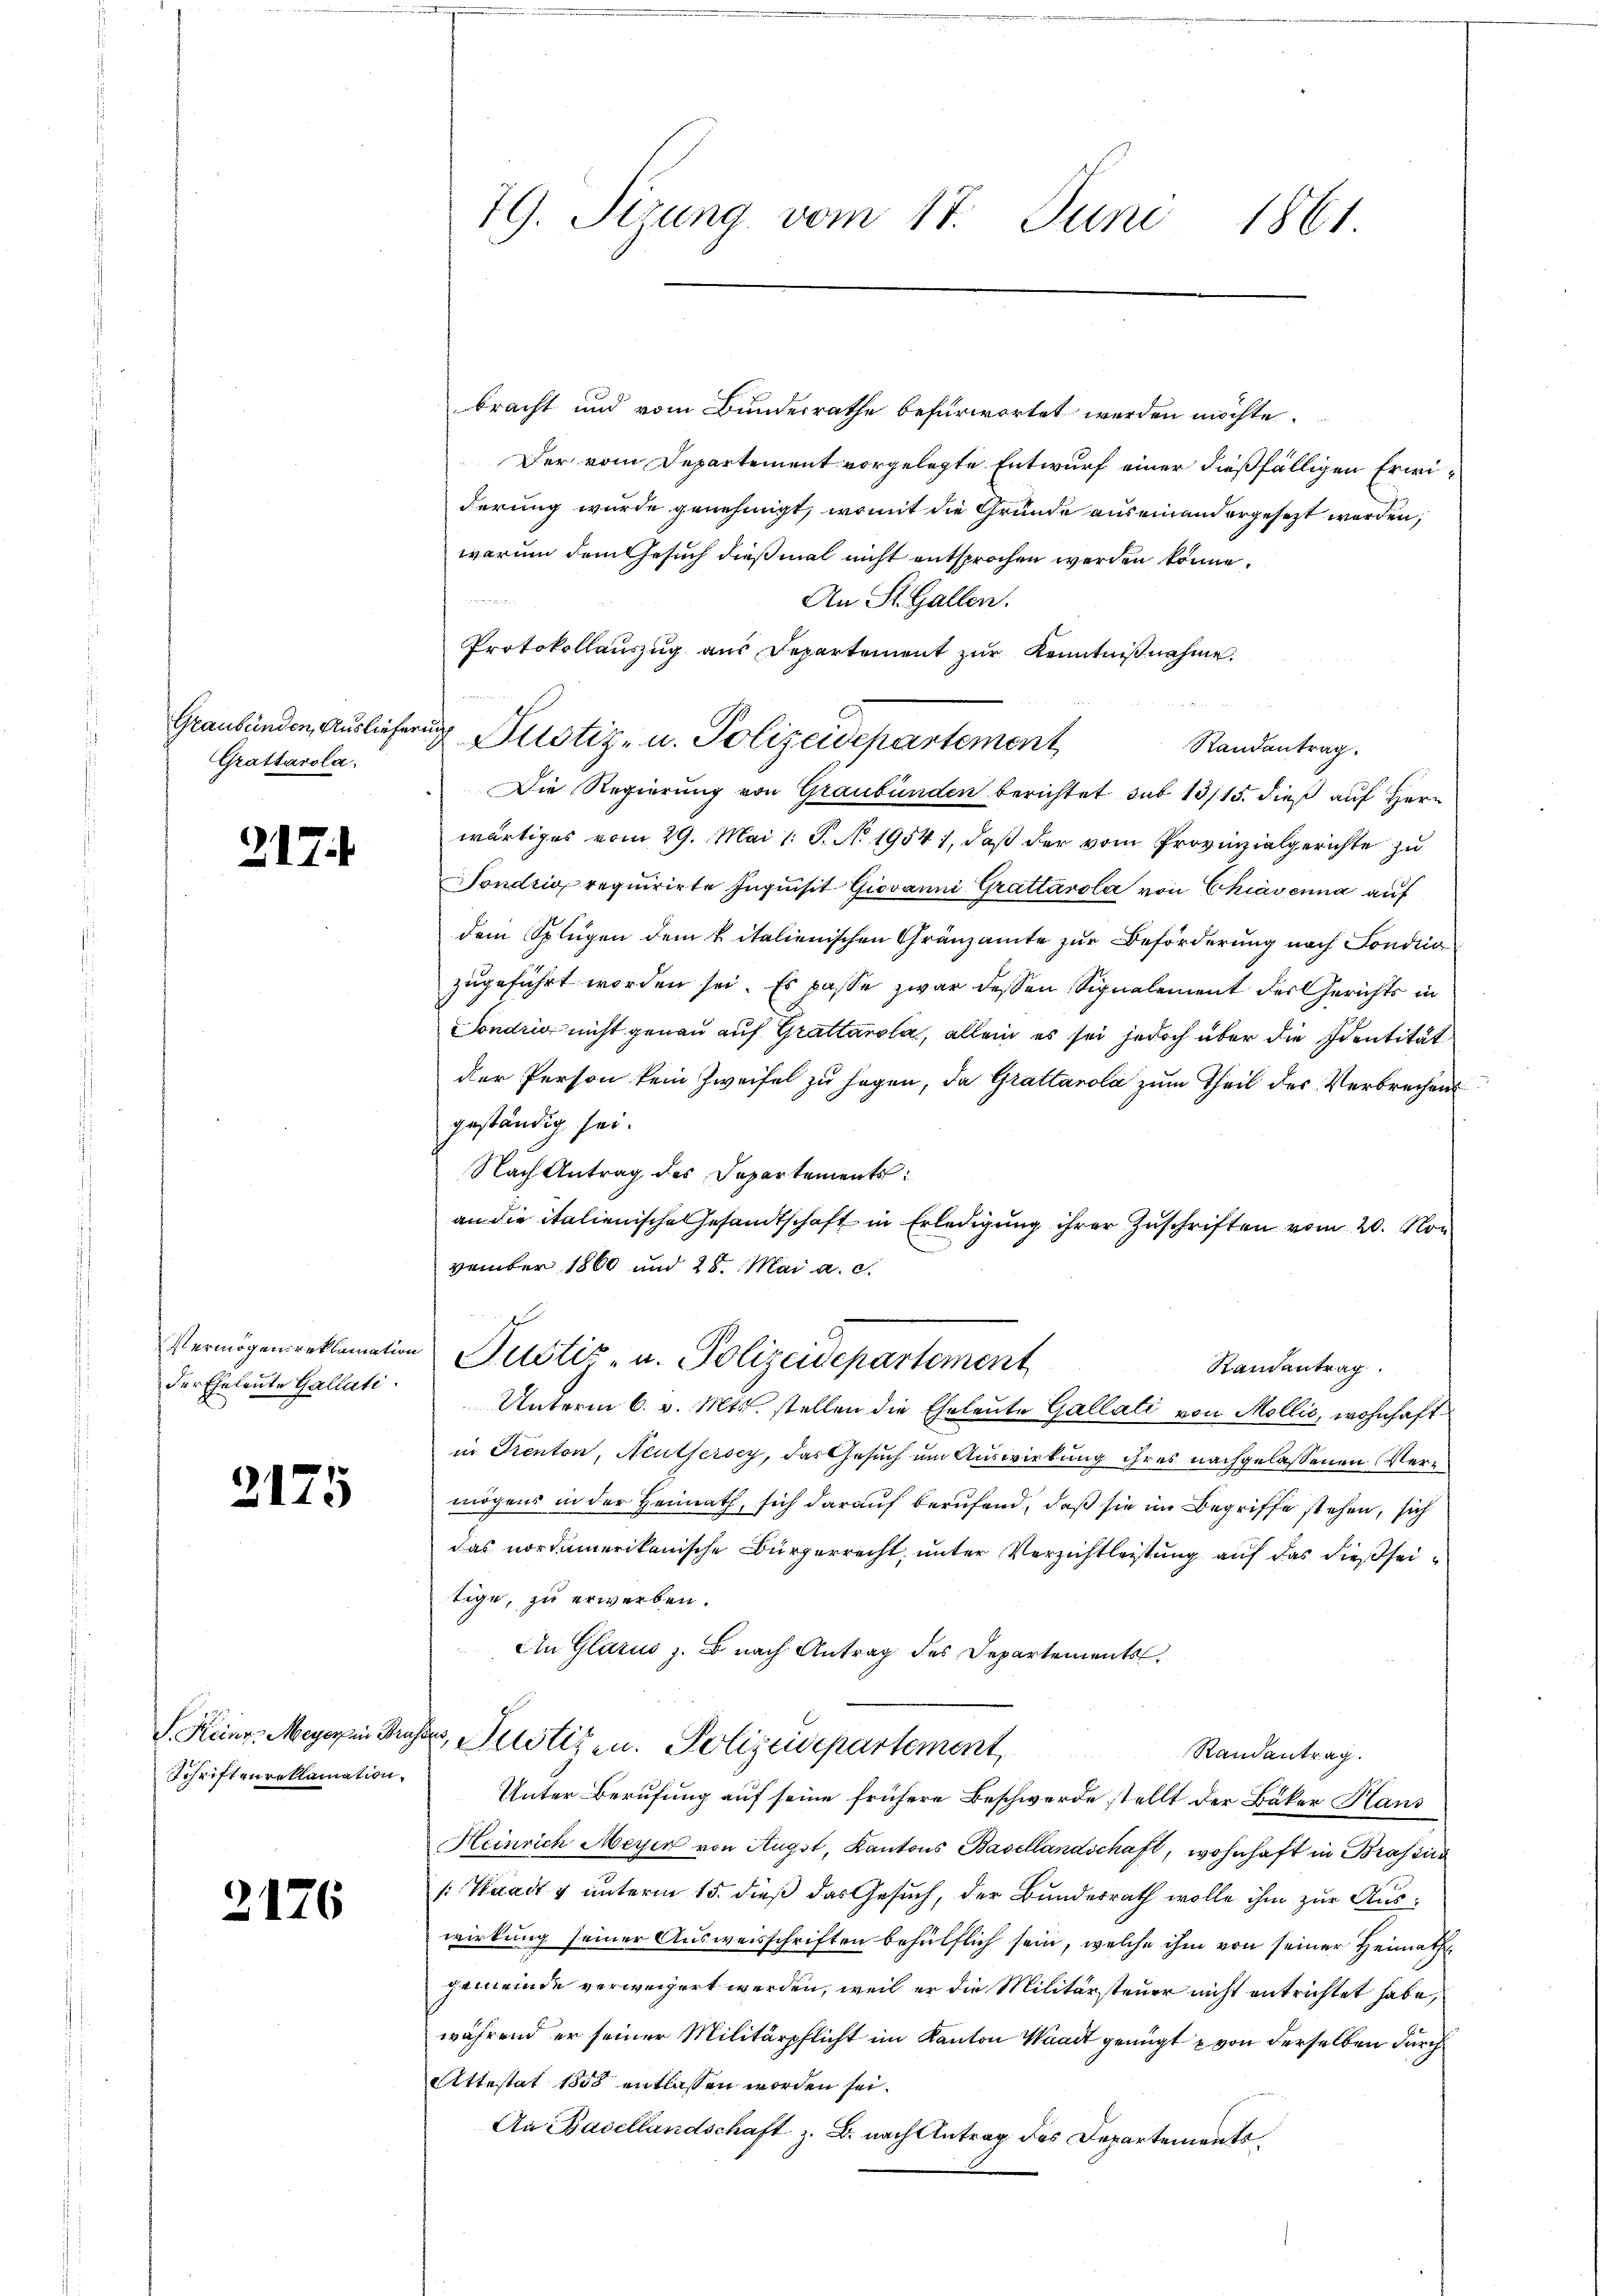
Graubünden, Ausliefern
Grattarola.

317.

Vermögensreklamation
der Eheleute Gallati

2175

F. Heinr. Meyer in Bra
Schriftenreklamation,

2176

79. Serung vom 17. Juni 1861.

bracht und vom Bundesrathe befürwortet werden möchte.
Der vom Departement vorgelegte Entwurf einer dießfälligen Erwiderung wurde genehmigt, womit die Grunde auseinandergesezt worden,
warum dem Gesuch dießmal nicht entsprochen werden könne.
n
An St. Gallen.
Protokollauszug aus Departement zur Kenntnißnahme.
Randantrag.
Die Regierung von Graubünden berichtet sub 13/15. dieß auf Herr
wärtiges vom 29. Mai l. S. N. 1954), daß der vom Provinzialgerichte zu
Sondrio requirirte Inquisit Giovanni Grattárola von Chiavenna auf
dem Splügen dem Vitalienischen Gränzamte zur Beförderung nach Sondi
zugeführt worden sei. Es passe zwar dessen Signalement der Gerichts in
Sondrig nicht genau auf Grattanola, allein es sei jedoch über die Identität
der Person kein Zweifel zu sagen, da Grattanola zum Theil des Verbrechens
geständig sei.
Nach Antrag des Departements:
an die italienische Gesandtschaft in Erledigung ihrer Zuschriften vom 20. Non
vember 1860 und 28. Mai a. c.
Justiz- u. Polizeidepartement
Randantrag
Unterm 6. v. Mts. stellen die Eheleute Gallati von Mollis, wohnhaft
in Kienton, Neutsersey, das Gesuch um Auswirkung ihres nachgelassenen Vermögens in der Heimath, sich darauf berufend, daß sie im Begriffe stehen, sich
das nordamerikanische Bürgerrecht, unter Verzichtleistung auf das dießseitige, zu erwerben.
An Glarus z. B. nach Antrag des Departements
kr, Justizen. Polizeidepartement,
Randantrag.
Unter Berufung auf seine frühere Beschwerde stellt der Bäker Hans
Heinrich Meyer von Augst, Kantons Basellandschaft, wohnhaft in Brassira
1: Waadt & unterm 15. dieß das Gesuch, der Bundesrath wolle ihm zur Auswirkung seiner Ausweisschriften behülflich sein, welche ihm von seiner Heimath
gemeinde verweigert werden, weil er die Militärsteuer nicht entrichtet habe,
während er seiner Militärpflicht im Kanton Waadt genügt von derselben durch
Attestat 1858 entlassen worden sei.
An Basellandschaft z. B. nach Antrag des Departements¬

u

Justiz- u. Polizeidepartement